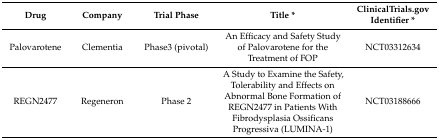
<table><thead><tr><td><b>Drug</b></td><td><b>Company</b></td><td><b>Trial Phase</b></td><td><b>Title *</b></td><td><b>ClinicalTrials.gov Identifier *</b></td></tr></thead><tbody><tr><td>Palovarotene</td><td>Clementia</td><td>Phase3 (pivotal)</td><td>An Efficacy and Safety Study of Palovarotene for the Treatment of FOP</td><td>NCT03312634</td></tr><tr><td>REGN2477</td><td>Regeneron</td><td>Phase 2</td><td>A Study to Examine the Safety, Tolerability and Effects on Abnormal Bone Formation of REGN2477 in Patients With Fibrodysplasia Ossificans Progressiva (LUMINA-1)</td><td>NCT03188666</td></tr></tbody></table>